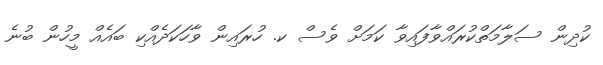
ކުދިން ސަލާމަތްކުރައްވާފައިވާ ކަމަށް ވެސް ކ. ހުރައިން ވާހަކަދެއްކި ބައެއް މީހުން ބުނެ